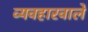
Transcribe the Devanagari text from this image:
व्यवहारवाले